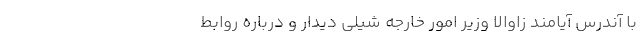
با آندرس آیامند زاوالا وزیر امور خارجه شیلی دیدار و درباره روابط